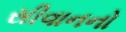
સીવાનનો